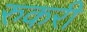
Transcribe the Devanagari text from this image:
रुकरी